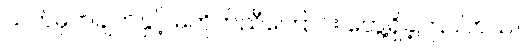
သတ်မှတ်ချက်နှင့် မကိုက်ညီကြောင်း တွေ့ရှိခဲ့ကြပါတယ်။